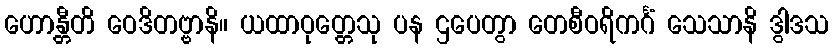
ဟောန္တီတိ ဝေဒိတဗ္ဗာနိ။ ယထာဝုတ္တေသု ပန ဌပေတွာ တေစီဝရိကင်္ဂံ သေသာနိ ဒွါဒသ